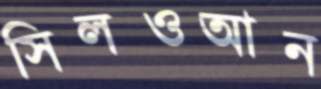
সিলওআন